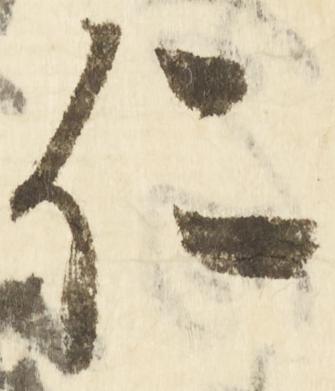
仁